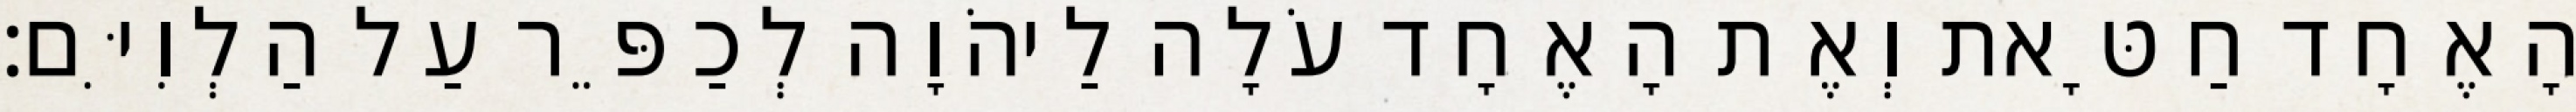
הָאֶחָד חַטָּאת וְאֶת הָאֶחָד עֹלָה לַיהֹוָה לְכַפֵּר עַל הַלְוִיִּם׃